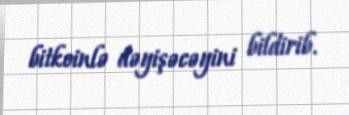
bitkoinlə dəyişəcəyini bildirib.